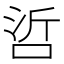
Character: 𠲻